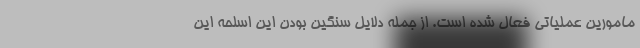
مامورین عملیاتی فعال شده است. از جمله دلایل سنگین بودن این اسلحه این